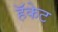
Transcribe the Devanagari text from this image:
हॅकेट